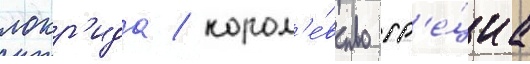
локр'ида / корол'е́вство гр'е́циа